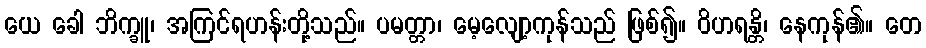
ယေ ခေါ ဘိက္ခူ၊ အကြင်ရဟန်းတို့သည်။ ပမတ္တာ၊ မေ့လျော့ကုန်သည် ဖြစ်၍။ ဝိဟရန္တိ၊ နေကုန်၏။ တေ